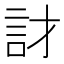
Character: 𲁡